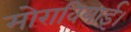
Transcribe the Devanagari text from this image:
मोरावियाई।